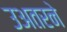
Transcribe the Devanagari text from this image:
उअतरने